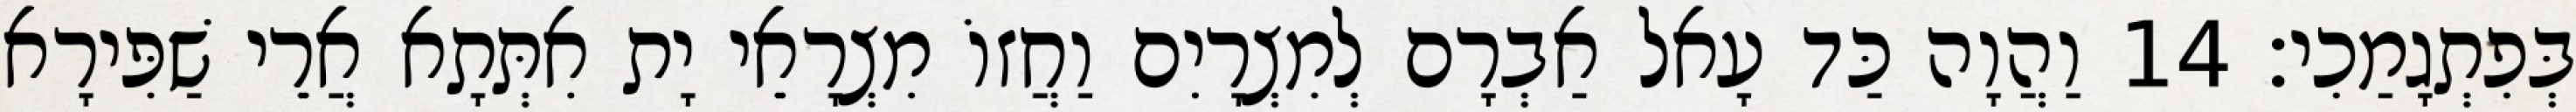
בְּפִתְגָמַכִי׃ 14 וַהֲוָה כַּד עָאל אַבְרָם לְמִצְרָיִם וַחֲזוֹ מִצְרָאֵי יָת אִתְּתָא אֲרֵי שַׁפִּירָא